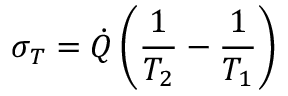
\sigma _ { T } = { \dot { Q } } \left( \frac { 1 } { T _ { 2 } } - \frac { 1 } { T _ { 1 } } \right)